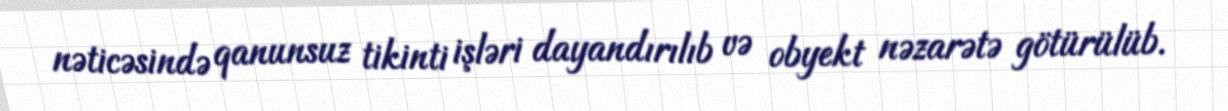
nəticəsində qanunsuz tikinti işləri dayandırılıb və obyekt nəzarətə götürülüb.